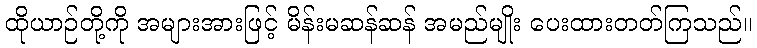
ထိုယာဉ်တို့ကို အများအားဖြင့် မိန်းမဆန်ဆန် အမည်မျိုး ပေးထားတတ်ကြသည်။